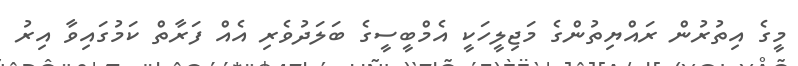
މީގެ އިތުރުން ރައްޔިތުންގެ މަޖިލީހަކީ އެމްބީސީގެ ބަލަދުވެރި އެއް ފަރާތް ކަމުގައިވާ އިރު